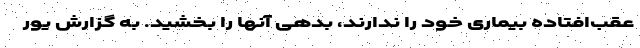
عقب‌افتاده بیماری خود را ندارند، بدهی آنها را بخشید. به گزارش یور